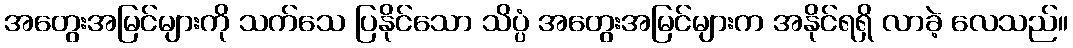
အတွေးအမြင်များကို သက်သေ ပြနိုင်သော သိပ္ပံ အတွေးအမြင်များက အနိုင်ရရှိ လာခဲ့ လေသည်။